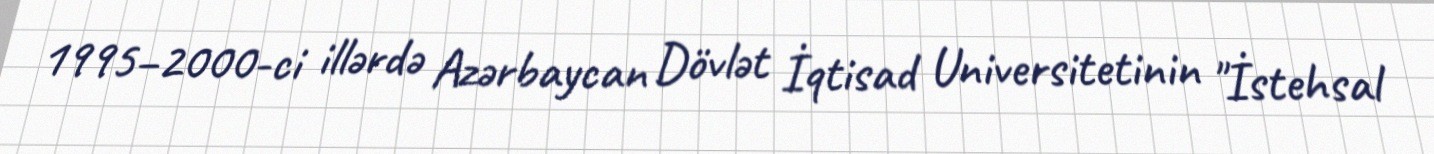
1995–2000-ci illərdə Azərbaycan Dövlət İqtisad Universitetinin "İstehsal